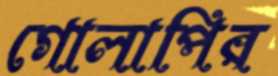
গোলাপির